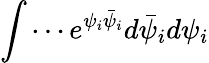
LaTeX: \int\cdots e^{\psi_{i}\bar{\psi}_{i}}d\bar{\psi}_{i}d\psi_{i}